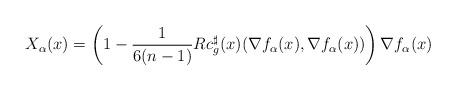
LaTeX: \begin{align*}X_\alpha(x)=\left(1-\frac{1}{6(n-1)}Rc_g^{\sharp}(x)(\nabla f_\alpha(x),\nabla f_\alpha (x)) \right) \nabla f_\alpha(x)\end{align*}